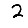
Digit: 2